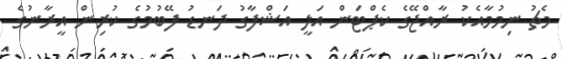
މެޗު ނިމުމާއެކު ރާއްޖޭގެ ކެޕްޓަން އަލީ އަޝްފާގު ދަނޑު ފޭބުމުގެ ކުރިން އީރާނުގެ